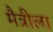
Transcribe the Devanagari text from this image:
मैत्रीला